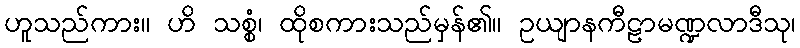
ဟူသည်ကား။ ဟိ သစ္စံ၊ ထိုစကားသည်မှန်၏။ ဥယျာနကီဠာမဏ္ဍလာဒီသု၊